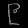
Digit: ၉